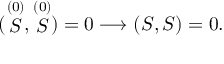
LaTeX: ( \stackrel { ( 0 ) } { S } , \stackrel { ( 0 ) } { S } ) = 0 \longrightarrow ( S , S ) = 0 .